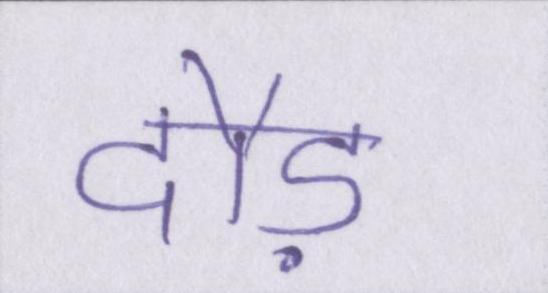
दौड़